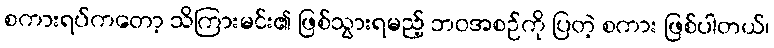
စကားရပ်ကတော့ သိကြားမင်း၏ ဖြစ်သွားရမည့် ဘဝအစဉ်ကို ပြတဲ့ စကား ဖြစ်ပါတယ်၊